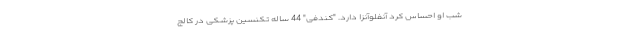
شب او احساس کرد آنفلوآنزا دارد. "کندفی" 44 ساله تکنسین پزشکی در کالج